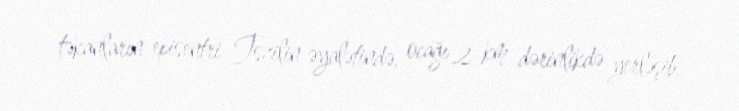
təkanların episentri Tszilin əyalətində, ocağı 2 km dərinlikdə yerləşib.